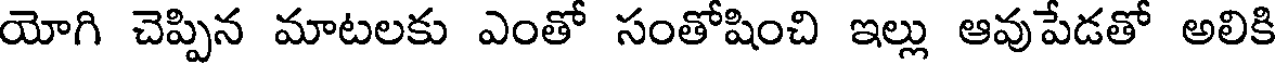
యోగి చెప్పిన మాటలకు ఎంతో సంతోషించి ఇల్లు ఆవుపేడతో అలికి